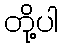
တို့ပါ